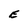
Character: E